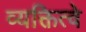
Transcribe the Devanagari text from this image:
व्यक्तित्वे